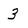
Character: 3